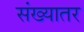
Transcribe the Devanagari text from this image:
संख्यातर